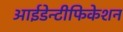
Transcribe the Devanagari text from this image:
आईडेन्टीफिकेशन